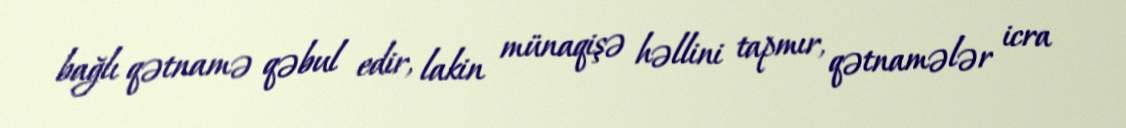
bağlı qətnamə qəbul edir, lakin münaqişə həllini tapmır, qətnamələr icra